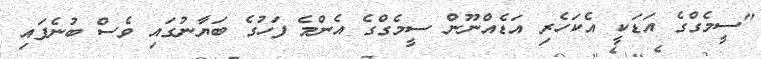
"ސީމެގްގެ އަޑަކީ އެކަހެރި އަޑެއްނޫން ސީމެގްގެ އެންމެ ފަހުގެ ބަޔާނުގައި ވެސް ބުނެފައި